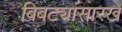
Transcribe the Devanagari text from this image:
बिबट्यांसारखे